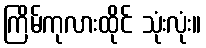
ကြိမ်ကုလားထိုင် သုံးလုံး။